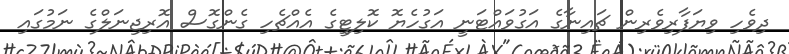
ދިވެހި ވިޔަފާރިވެރިން ޗައިނާގެ އަގުވައްޓަނީ އަގުހެޔޮ ކޮލިޓީގެ އެއްޗެހި ގެންގޮސް އޮރިޖިނަލްގެ ނަމުގައި